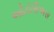
ઓટોસિઅસ